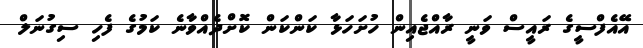
އޭއެފްސީގެ ރައީސް ވަނީ ރާއްޖެއިން ހުށަހަޅާ ކަންކަން ކޮށްދެއްވާނެ ކަމުގެ ފެހި ސިގުނަލް